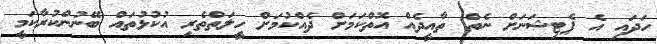
ހަދައި އެ ޕެޓިޝަނަށް ނެތް ތާއީދެއް އޮތްކަމަށް ދެއްކުމަށް ހީލަތްތެރި އުކުޅުތައް ބޭނުންކުރާކަމީ